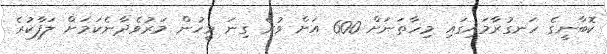
ކޮބާނީގެ ހަނގުރާމައިގައި މިހާތަނަށް 600 އަށް ވުރެ ގިނަ މީހުން މަރުވެދާނެކަމަށް ލަފާކުރެ